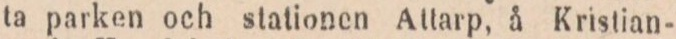
ta parken och stationen Attarp, å Kristian-